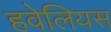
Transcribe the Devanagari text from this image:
हवेलियस